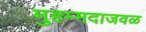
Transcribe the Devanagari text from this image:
मुहम्मदाजवळ